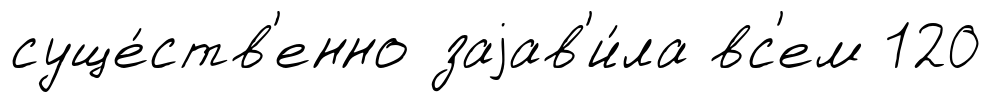
суще́ств'енно заjав'и́ла вс'ем 120